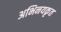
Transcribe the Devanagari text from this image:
अभिनयकृत